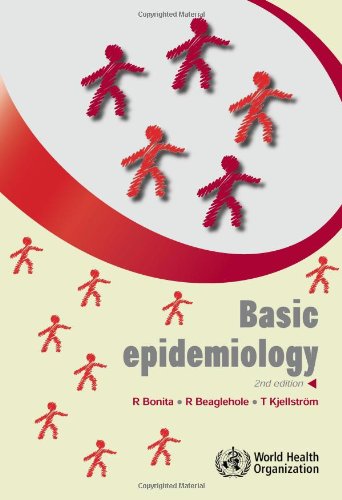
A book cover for Basic Epidemiology; R. Bonita; Medical Books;